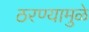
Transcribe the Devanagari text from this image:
ठरण्यामुळे